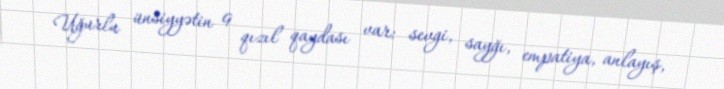
Uğurlu ünsiyyətin 9 qızıl qaydası var: sevgi, sayğı, empatiya, anlayış,